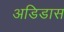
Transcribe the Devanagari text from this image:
अडिडास